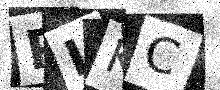
Text: PLKC